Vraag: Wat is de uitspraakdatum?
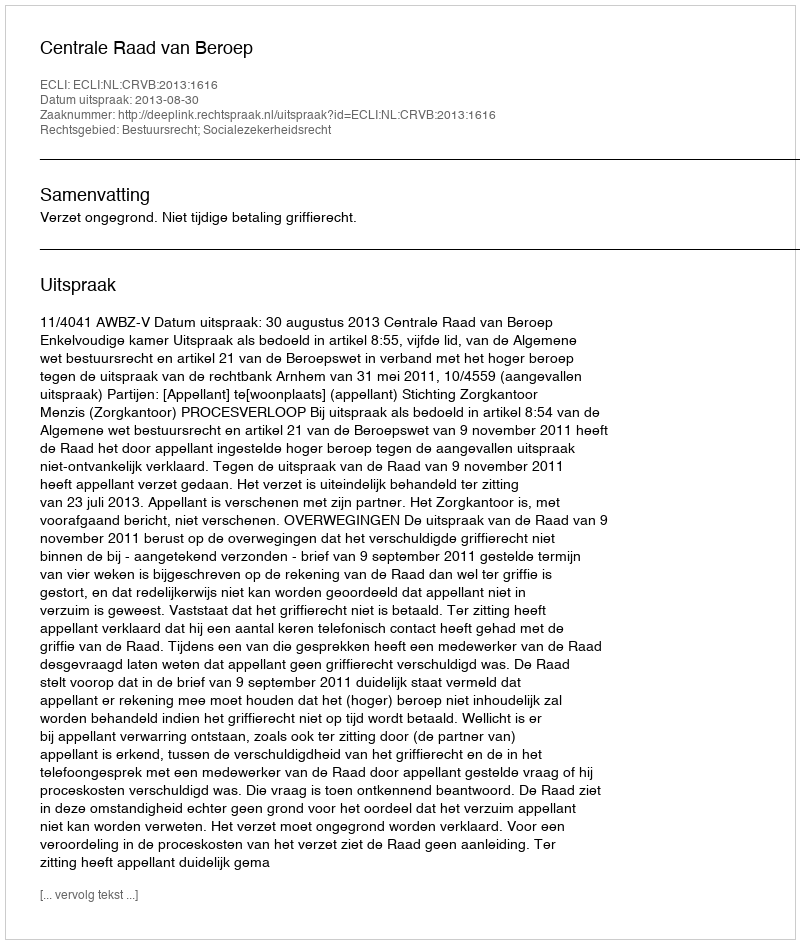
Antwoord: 2013-08-30